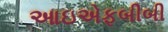
આઇએફબીબી